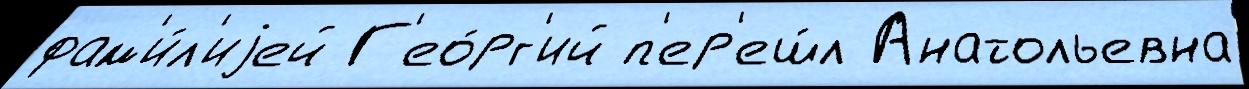
фам'и́л'иjей Г'ео́рг'ий п'ер'еш́л Анатольевна